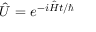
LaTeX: { \hat { U } } = e ^ { - i { \hat { H } } t / \hbar }